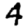
Digit: 4